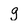
Character: g